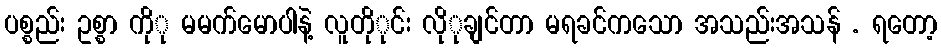
ပစ္စည်း ဥစ္စာ ကိုု မမက်မောပါနဲ့ လူတိုုင်း လိုုချင်တာ မရခင်ကသော အသည်းအသန် . ရတော့